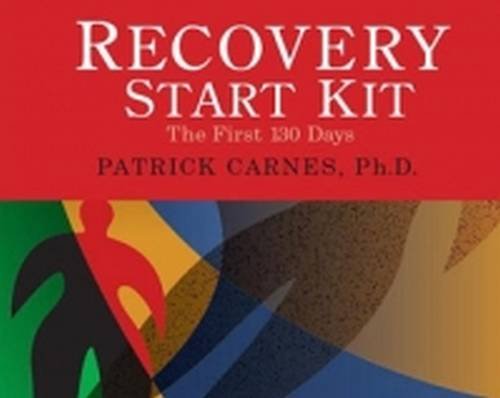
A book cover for Recovery Start Kit: A 100-day Plan for Addiction Recovery; Patrick Carnes; Self-Help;